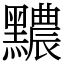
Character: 𪒬